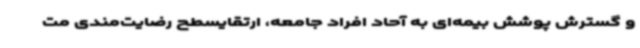
و گسترش پوشش بیمه‌ای به آحاد افراد جامعه، ارتقایسطح رضایت‌مندی مت